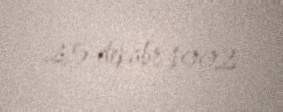
25 dekabr 1992